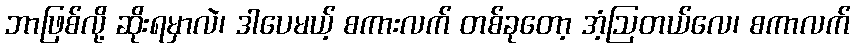
ဘာဖြစ်လို့ ဆိုးရမှာလဲ၊ ဒါပေမယ့် စကားလက် တစ်ခုတော့ အံ့ဩတယ်လေ၊ စကာလက်